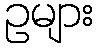
ဥများ